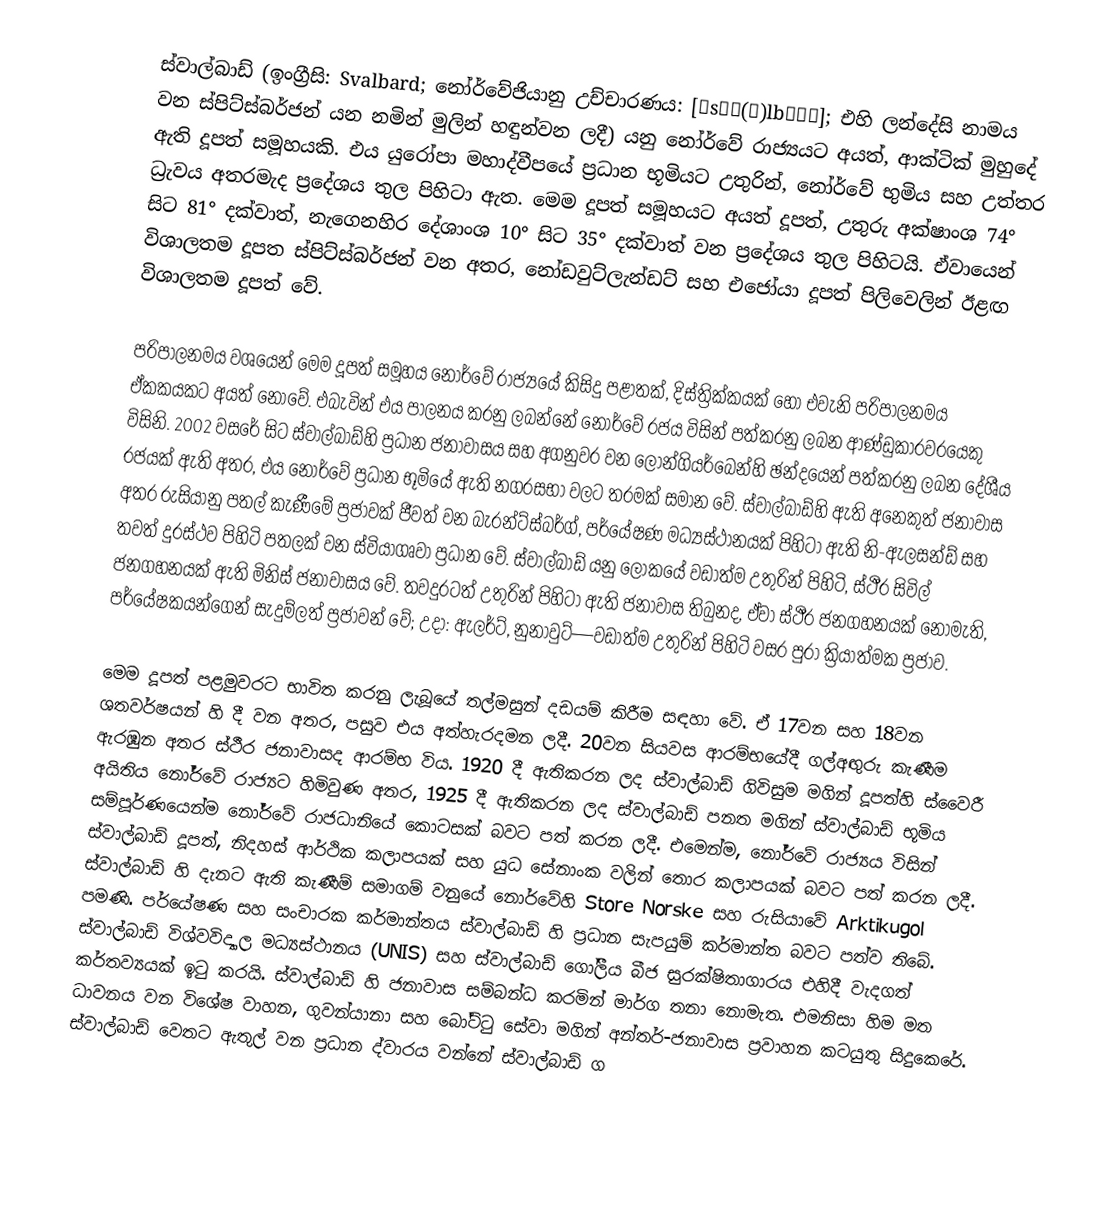
ස්වාල්බාඩ් (ඉංග්‍රීසි: Svalbard; නෝර්වේජියානු උච්චාරණය: [ˈsʋɑ(ː)lbɑːɾ]; එහි ලන්දේසි නාමය වන ස්පිට්ස්බර්ජන් යන නමින් මුලින් හඳුන්වන ලදී) යනු නෝර්වේ රාජ්‍යයට අයත්, ආක්ටික් මුහුදේ ඇති දූපත් සමූහයකි. එය යුරෝපා මහාද්වීපයේ ප්‍රධාන භූමියට උතුරින්, නෝර්වේ භුමිය සහ උත්තර ධ්‍රැවය අතරමැද ප්‍රදේශය තුල පිහිටා ඇත. මෙම දූපත් සමූහයට අයත් දූපත්, උතුරු අක්ෂාංශ  74° සිට 81° දක්වාත්, නැගෙනහිර දේශාංශ 10° සිට 35° දක්වාත් වන ප්‍රදේශය තුල පිහිටයි. ඒවායෙන් විශාලතම දූපත ස්පිට්ස්බර්ජන් වන අතර, නෝඩවුට්ලැන්ඩට් සහ එජෝයා දූපත් පිලිවෙලින් ඊළඟ විශාලතම දූපත් වේ.

පරිපාලනමය වශයෙන් මෙම දූපත් සමූහය නෝර්වේ රාජ්‍යයේ කිසිදු පළාතක්, දිස්ත්‍රික්කයක් හෝ එවැනි පරිපාලනමය ඒකකයකට අයත් නොවේ. එබැවින් එය පාලනය කරනු ලබන්නේ නෝර්වේ රජය විසින් පත්කරනු ලබන ආණ්ඩුකාරවරයෙකු විසිනි. 2002 වසරේ සිට ස්වාල්බාඩ්හි ප්‍රධාන ජනාවාසය සහ අගනුවර වන ලෝන්ගියර්බෙන්හි ඡන්දයෙන් පත්කරනු ලබන දේශීය රජයක් ඇති අතර, එය නෝර්වේ ප්‍රධාන භූමියේ ඇති නගරසභා වලට තරමක් සමාන වේ. ස්වාල්බාඩ්හි ඇති අනෙකුත් ජනාවාස අතර රුසියානු පතල් කැණීමේ ප්‍රජාවක් ජීවත් වන බැරන්ට්ස්බර්ග්, පර්යේෂණ මධ්‍යස්ථානයක් පිහිටා ඇති නි-ඇලසන්ඩ් සහ තවත් දුරස්ථව පිහිටි පතලක් වන ස්වියාගෘවා ප්‍රධාන වේ. ස්වාල්බාඩ් යනු ලෝකයේ වඩාත්ම උතුරින් පිහිටි, ස්ථීර සිවිල් ජනගහනයක් ඇති මිනිස් ජනාවාසය වේ. තවදුරටත් උතුරින් පිහිටා ඇති ජනාවාස තිබුනද, ඒවා ස්ථීර ජනගහනයක් නොමැති, පර්යේෂකයන්ගෙන් සැදුම්ලත් ප්‍රජාවන් වේ; උදා: ඇලර්ට්, නුනාවුට්—වඩාත්ම උතුරින් පිහිටි වසර පුරා ක්‍රියාත්මක ප්‍රජාව.

මෙම දූපත් පළමුවරට භාවිත කරනු ලැබූයේ තල්මසුන් දඩයම් කිරීම සඳහා වේ. ඒ 17වන සහ 18වන ශතවර්ෂයන් හි දී වන අතර, පසුව එය අත්හැරදමන ලදී. 20වන සියවස ආරම්භයේදී ගල්අඟුරු කැණීම ඇරඹුන අතර ස්ථීර ජනාවාසද ආරම්භ විය. 1920 දී ඇතිකරන ලද ස්වාල්බාඩ් ගිවිසුම මගින් දූපත්හි ස්වෛරී අයිතිය නෝර්වේ රාජ්‍යට හිමිවුණ අතර, 1925 දී ඇතිකරන ලද ස්වාල්බාඩ් පනත මගින් ස්වාල්බාඩ් භූමිය සම්පූර්ණයෙන්ම නෝර්වේ රාජධානියේ කොටසක් බවට පත් කරන ලදී. එමෙන්ම, නෝර්වේ රාජ්‍යය විසින් ස්වාල්බාඩ් දූපත්, නිදහස් ආර්ථික කලාපයක් සහ යුධ සේනාංක වලින් තොර කලාපයක් බවට පත් කරන ලදී. ස්වාල්බාඩ් හි දැනට ඇති කැණීම් සමාගම් වනුයේ නොර්වේහි Store Norske සහ රුසියාවේ Arktikugol පමණි. පර්යේෂණ සහ සංචාරක කර්මාන්තය ස්වාල්බාඩ් හි ප්‍රධාන සැපයුම් කර්මාන්ත බවට පත්ව තිබේ. ස්වාල්බාඩ් විශ්වවිද්‍යාල මධ්‍යස්ථානය (UNIS) සහ ස්වාල්බාඩ් ගෝලීය බීජ සුරක්ෂිතාගාරය එහිදී වැදගත් කර්තව්‍යයක් ඉටු කරයි. ස්වාල්බාඩ් හි ජනාවාස සම්බන්ධ කරමින් මාර්ග තනා නොමැත. එමනිසා හිම මත ධාවනය වන විශේෂ වාහන, ගුවන්යානා සහ බෝට්ටු සේවා මගින් අන්තර්-ජනාවාස ප්‍රවාහන කටයුතු සිදුකෙරේ. ස්වාල්බාඩ් වෙතට ඇතුල් වන ප්‍රධාන ද්වාරය වන්නේ ස්වාල්බාඩ් ග